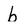
Character: b